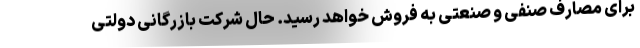
برای مصارف صنفی و صنعتی به فروش خواهد رسید. حال شرکت بازرگانی دولتی